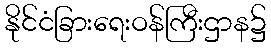
နိုင်ငံခြားရေးဝန်ကြီးဌာန၌